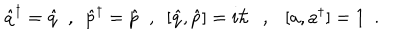
LaTeX: \hat { q } ^ { \dagger } = \hat { q } \ \ , \ \ \hat { p } ^ { \dagger } = \hat { p } \ \ , \ \ [ \hat { q } , \hat { p } ] = i \hbar \ \ \ , \ \ \ [ a , a ^ { \dagger } ] = 1 \ \ .